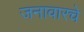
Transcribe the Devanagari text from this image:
जनावारचे